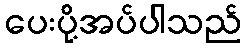
ပေးပို့အပ်ပါသည်